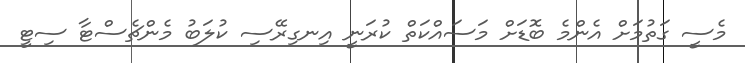
މެސީ ގަތުމަށް އެންމެ ބޮޑަށް މަސައްކަތް ކުރަނީ އިނގިރޭސި ކުލަބު މެންޗެސްޓާ ސިޓީ